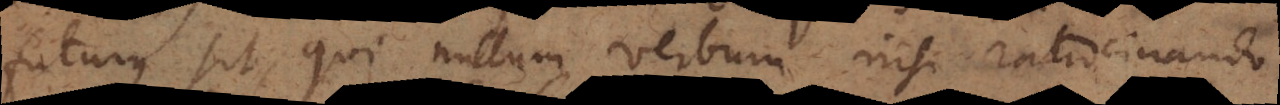
futurus sit, qui nullum verbum nisi ratiocinando